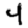
Digit: 4